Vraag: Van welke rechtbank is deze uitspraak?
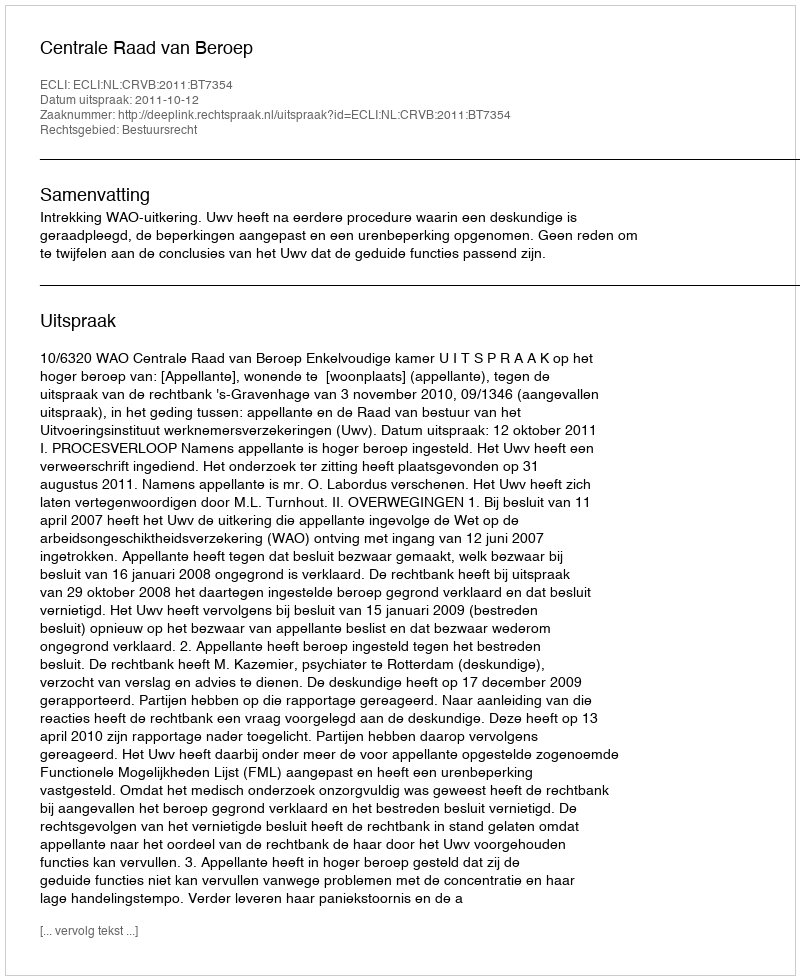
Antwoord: Centrale Raad van Beroep